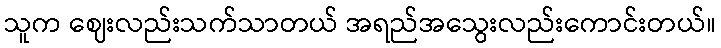
သူက ဈေးလည်းသက်သာတယ် အရည်အသွေးလည်းကောင်းတယ်။